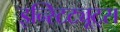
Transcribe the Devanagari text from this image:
इन्स्टिट्यूट्‌स